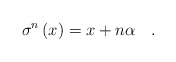
\begin{align*}\sigma ^{n}\left( x\right) =x+n\alpha \quad .\end{align*}